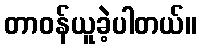
တာဝန်ယူခဲ့ပါတယ်။